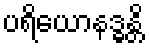
ပရိယောနဒ္ဓန္တိ